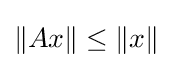
\|Ax\|\leq \|x\|